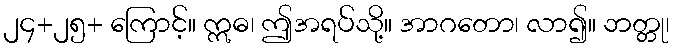
၂၄+၂၅+ ကြောင့်။ ဣဓ၊ ဤအရပ်သို့။ အာဂတော၊ လာ၍။ ဘတ္တု၊